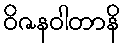
ဝိဇနဝါတာနိ